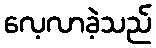
လေ့လာခဲ့သည်